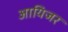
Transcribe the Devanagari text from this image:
आयिजर